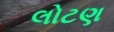
લોટણ